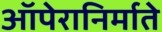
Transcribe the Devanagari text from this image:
ऑपेरानिर्माते